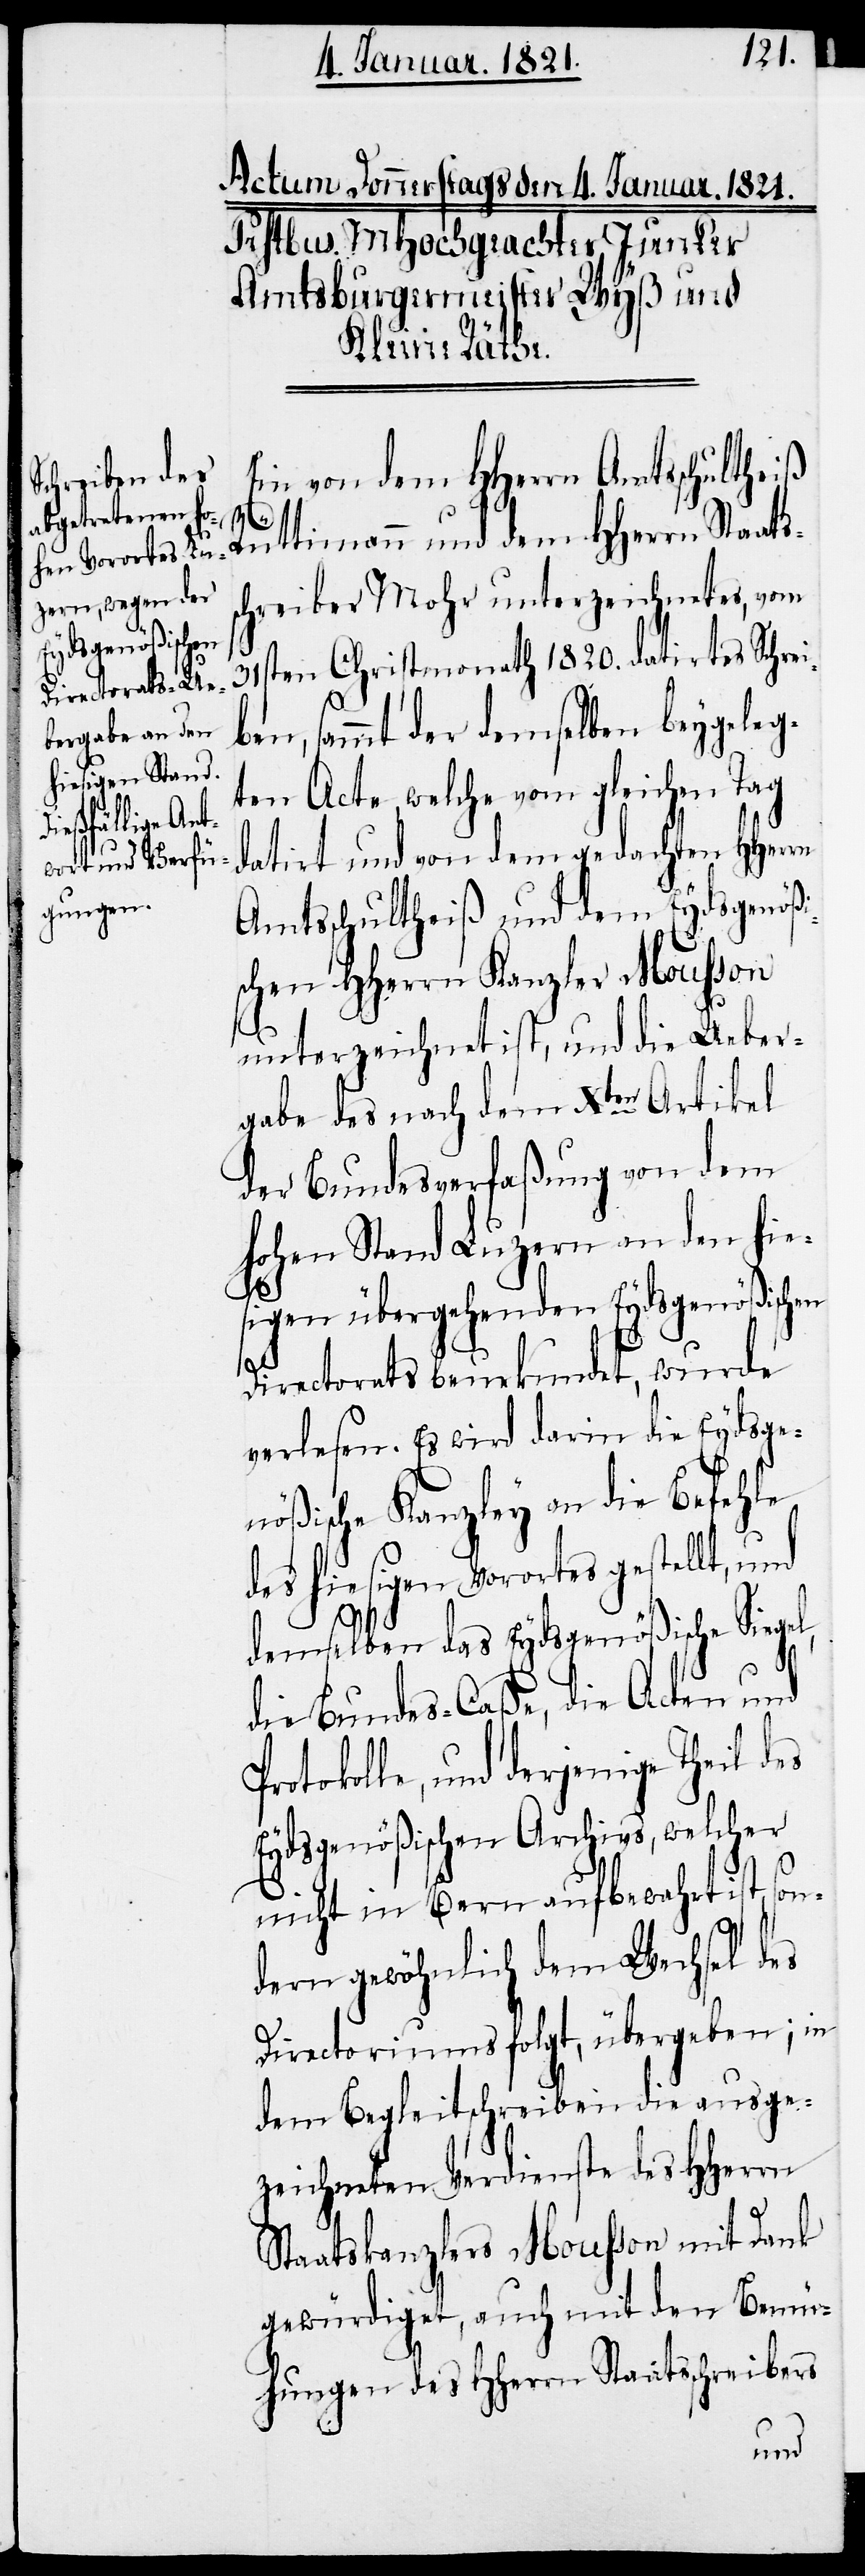
HHerrn Staats¬
Ein von dem HHerrn Amtsschultheiß
on¬
schreiber Mohr unterzeichnetes, vom
31sten Christmonath 1820. datirtes Schrei¬
en, sammt der demselben beygeleg¬
ten Acten, welche vom gleichen Tag
datirt und von dem gedachten HHerrn
Amtsschultheiß und dem Eydsgenößi¬
schen HHerrn Kanzler Mousson
unterzeichnet ist, und die Ueber¬
gabe des nach dem Xten Artikel
der Bundesverfaßung von dem
hohen Stand Luzern an den hie¬
sigen übergehenden Eydsgenößischen
b¬
Directorats beurkundet, wurde
verlesen. Es wird darin die Eydsge¬
nößische Kanzley an die Befehle
des hiesigen Vorortes gestellt, und
demselben das Eydsgenößische Siege¬
die Bundes-Caße, die Acten und
otokolle, und derjenige Theil des
Eydsgenößischen Archivs, welcher
nicht in Bern aufbewahrt ist, s¬
dern gewöhnlich dem Wechsel des
Directoriums folgt, übergeben; in
dem Begleitschreiben die ausge¬
zeichneten Verdienste des HHerrn
Staatskanzlers Mousson mit Dank
gewürdigt, auch mit den Bemü¬
hungen des HHerrn Staatsschreibers
und